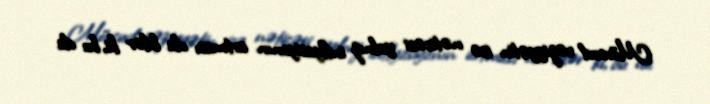
Mövcud vəziyyətin isə nəticəsi yalnız inflyasiyanın artması ola bilər ki, bu da